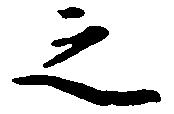
之